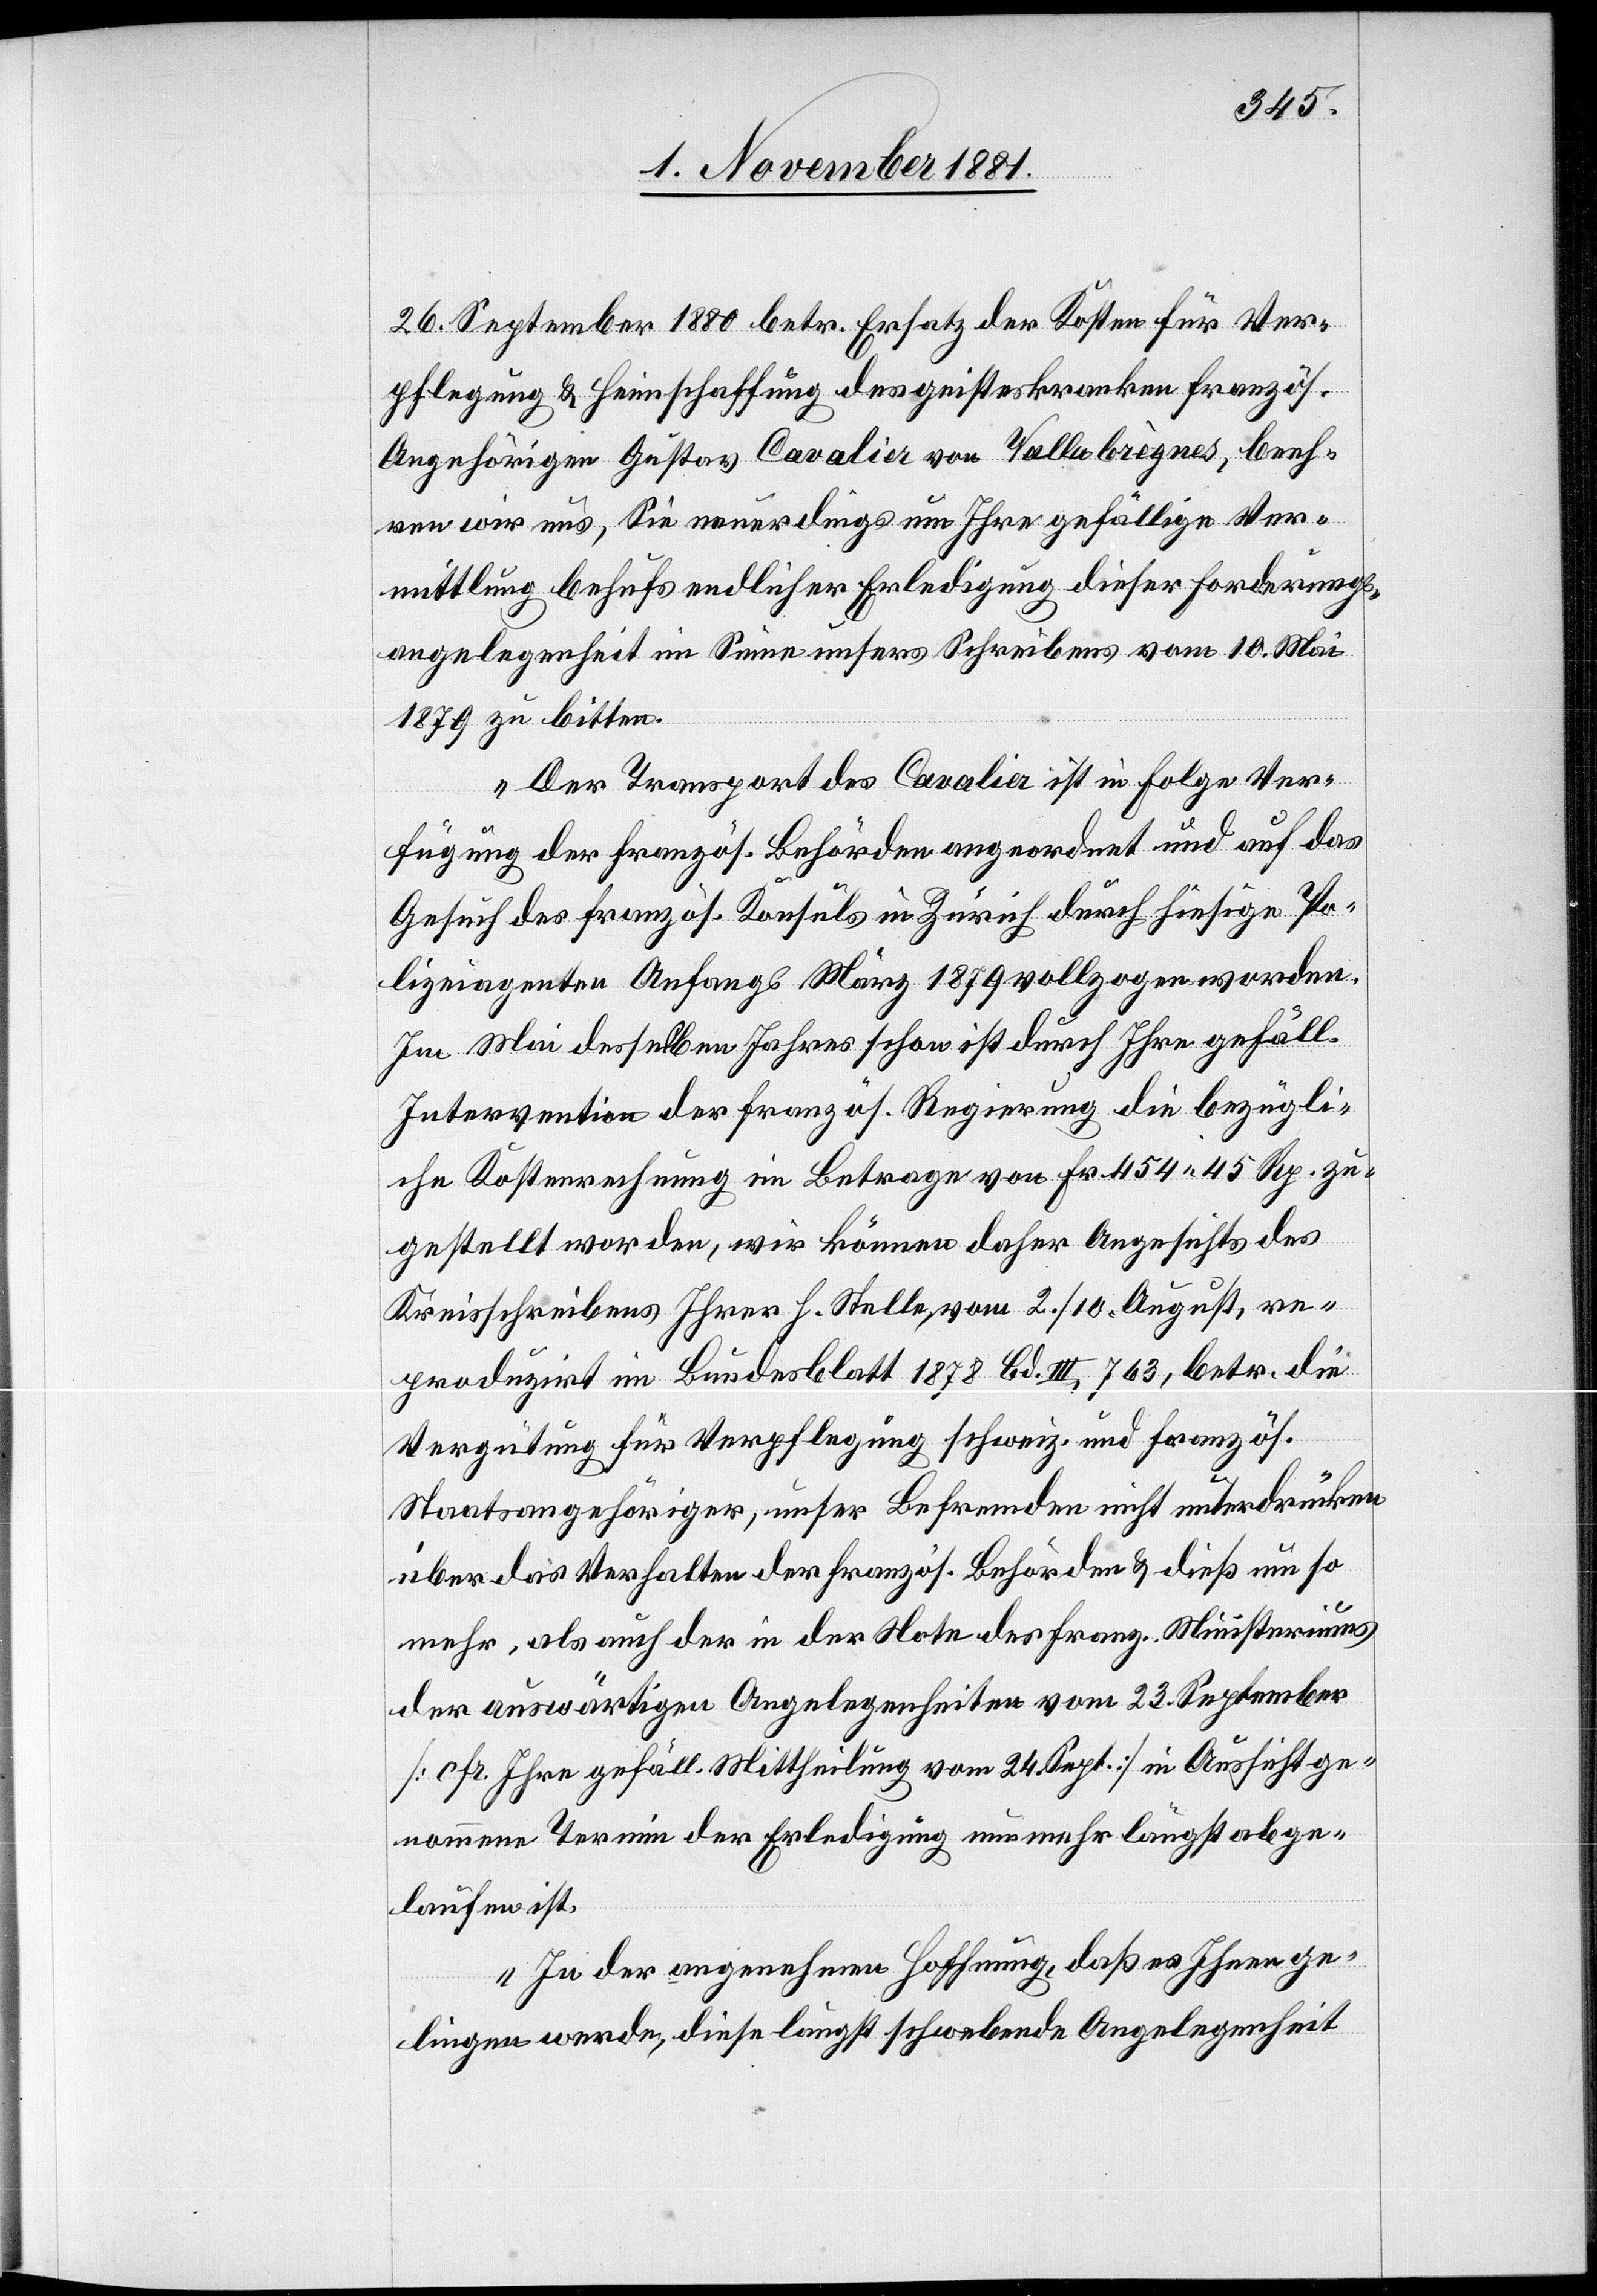
26. September 1880 betr. Ersatz der Kosten für Ver¬
pflegung & Heimschaffung des geisteskranken französ.
Angehörigen Gustav Cavalier von Vallabrègues, beeh¬
ren wir uns, Sie neuerdings um Ihre gefällige Ver¬
mittlung behufs endlicher Erledigung dieser Forderungs¬
angelegenheit im Sinne unsers Schreibens vom 10. Mai
1879 zu bitten.
Der Transport des Cavalier ist in Folge Ver¬
fügung der französ. Behörden angeordnet und auf das
Gesuch des französ. Konsuls in Zürich durch hiesige Po¬
lizeiagenten Anfangs März 1879 vollzogen worden.
Im Mai desselben Jahres schon ist durch Ihre gefäll.
Intervention der französ. Regierung die bezügli¬
che Kostenrechnung im Betrage von Fr. 454 45 Rp. zu¬
gestellt worden, wir können daher Angesichts des
Kreisschreibens Ihrer h. Stelle, vom 2./10. August, re¬
produzirt im Bundesblatt 1878 Bd. III, 763, betr. die
Vergütung für Verpflegung schweiz. und französ.
Staatsangehöriger, unser Befremden nicht unterdrücken
über das Verhalten der französ. Behörden & dieß um so
mehr, als auch der in der Note des franz. Ministeriums
der auswärtigen Angelegenheiten vom 23. September
[cfr. Ihre gefäll. Mittheilung vom 24. Sept.] in Aussicht ge¬
nommene Termin der Erledigung nunmehr längst abge¬
laufen ist.
In der angenehmen Hoffnung, daß es Ihnen ge¬
lingen werde, diese längst schwebende Angelegenheit